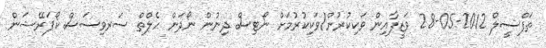
ތަފްސީލް 2012-05-28 ވަޒީފާއިން ވަކިކުރުން/ވަކިކުރުމަށް ނޯޓިސް ދިނުން ނޯދަން ހެލްތް ސަރވިސަސް ކޯޕަރޭޝަން